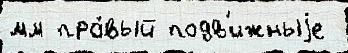
мм пра́вый подв'ижныjе